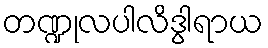
တဏ္ဍုလပါလိဒွါရာယ